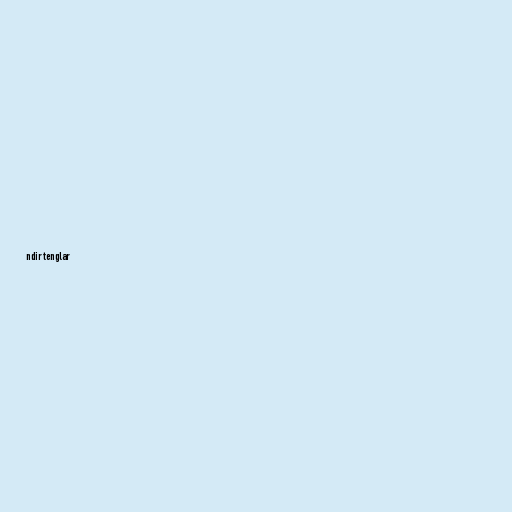
ndir tenglar